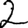
Digit: 2